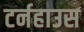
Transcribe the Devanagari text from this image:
टर्नहाउस